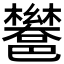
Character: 𮠏